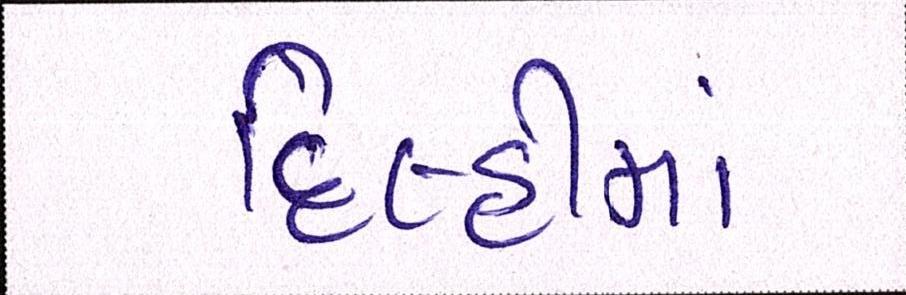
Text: દિલ્હીમાં